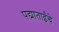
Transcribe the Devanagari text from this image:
पद्माताईंचे